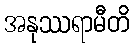
အနုဿရာမီတိ